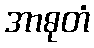
အာဓုတံ